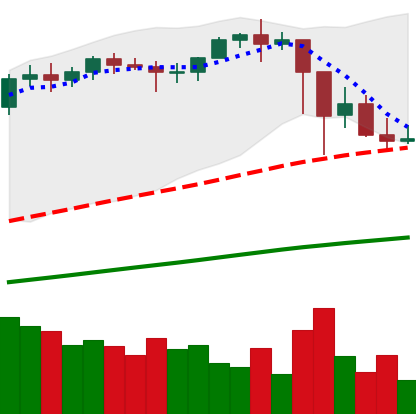
Ticker: ETH-USD
Chart end date: 2021-02-27
Forward return: 5.613%
Label: up_5_7